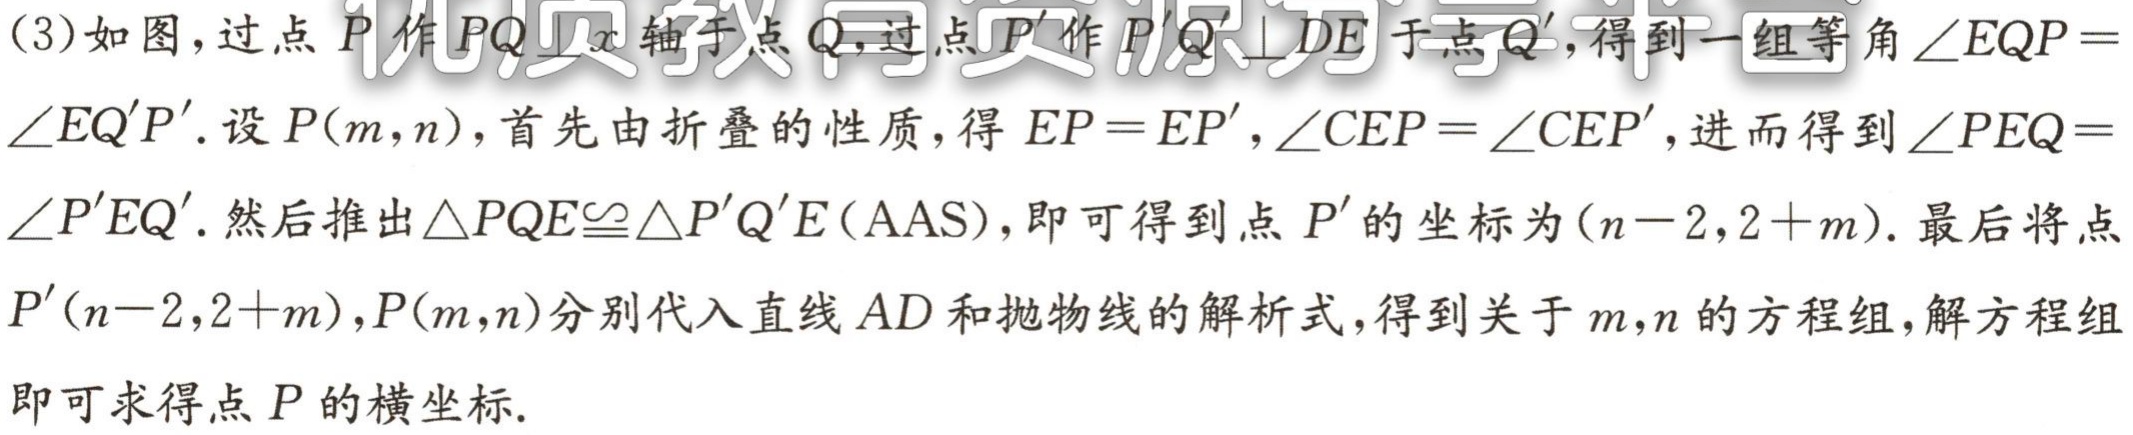
(3)如图，过点\(P\)作\(PQ\perp x\)轴于点\(Q\)，过点\(P'\)作\(P'Q'\perp DE\)于点\(Q'\)，得到一组等角\(\angle EQP = \angle EQ'P'\). 设\(P(m,n)\)，首先由折叠的性质，得\(EP = EP'\)，\(\angle CEP=\angle CEP'\)，进而得到\(\angle PEQ = \angle P'EQ'\). 然后推出\(\triangle PQE\cong\triangle P'Q'E(\text{AAS})\)，即可得到点\(P'\)的坐标为\((n - 2,2 + m)\). 最后将点\(P'(n - 2,2 + m)\)，\(P(m,n)\)分别代入直线\(AD\)和抛物线的解析式，得到关于\(m\)，\(n\)的方程组，解方程组即可求得点\(P\)的横坐标.